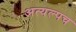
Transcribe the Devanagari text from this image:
अत्यल्पच